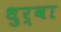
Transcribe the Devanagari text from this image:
धुर्वा